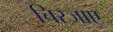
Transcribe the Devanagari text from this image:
चिरजाए